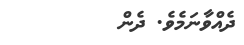
ދެއްވާނަމެވެ. ދެން